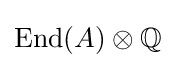
\mathrm {End} (A)\otimes \mathbb {Q}